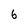
Character: 6